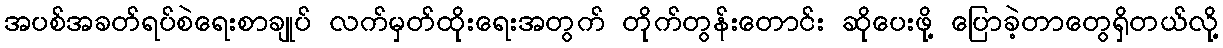
အပစ်အခတ်ရပ်စဲရေးစာချုပ် လက်မှတ်ထိုးရေးအတွက် တိုက်တွန်းတောင်း ဆိုပေးဖို့ ပြောခဲ့တာတွေရှိတယ်လို့